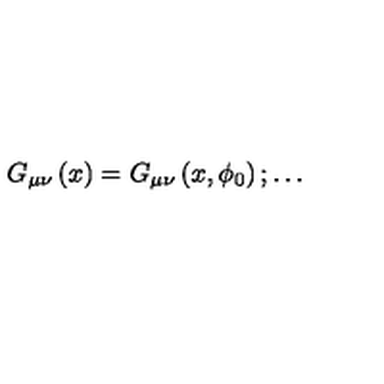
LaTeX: G _ { \mu \nu } \left( x \right) = G _ { \mu \nu } \left( x , \phi _ { 0 } \right) ; \ldots